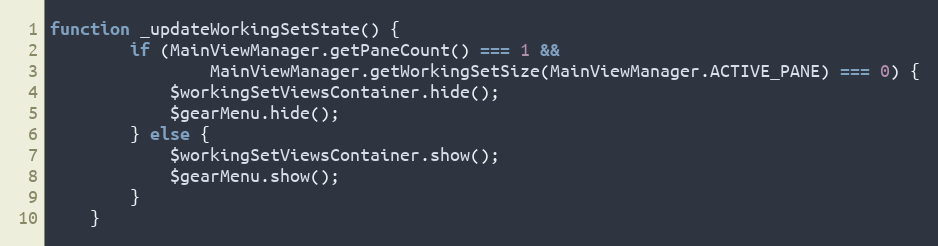
Language: JavaScript
function _updateWorkingSetState() {
        if (MainViewManager.getPaneCount() === 1 &&
                MainViewManager.getWorkingSetSize(MainViewManager.ACTIVE_PANE) === 0) {
            $workingSetViewsContainer.hide();
            $gearMenu.hide();
        } else {
            $workingSetViewsContainer.show();
            $gearMenu.show();
        }
    }